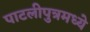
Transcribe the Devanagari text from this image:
पाटलीपुत्रमध्ये